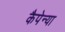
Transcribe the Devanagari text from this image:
कैपेन्या